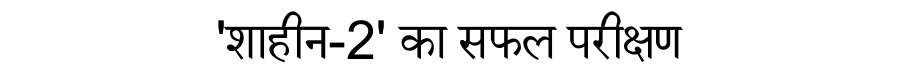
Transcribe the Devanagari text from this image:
'शाहीन-2' का सफल परीक्षण